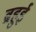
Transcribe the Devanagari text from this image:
ब्रहुई